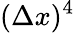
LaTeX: (\Delta x)^{4}